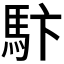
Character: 𩡼